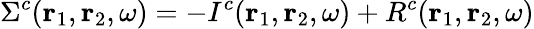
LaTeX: \Sigma^{c}(\mathbf{r}_{1},\mathbf{r}_{2},\omega)=-I^{c}(\mathbf{r}_{1},\mathbf{r}_{2},\omega)+R^{c}(\mathbf{r}_{1},\mathbf{r}_{2},\omega)